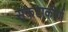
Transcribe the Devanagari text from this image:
संकटाकीर्ण